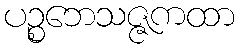
ပဉ္စဘေသဇ္ဇကထာ